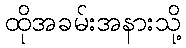
ထိုအခမ်းအနားသို့